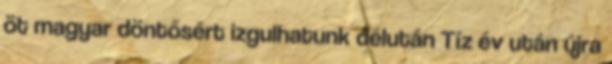
öt magyar döntősért izgulhatunk délután Tíz év után újra